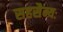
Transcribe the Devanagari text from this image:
सहसैन्यः